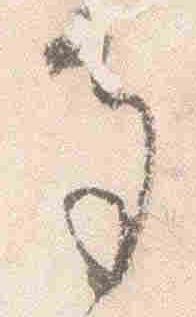
多